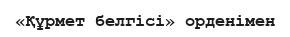
«Құрмет белгісі» орденімен